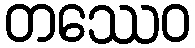
တဿေဝ